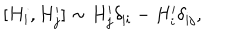
[ H _ { i } , H _ { j } ^ { \prime } ] \sim H _ { j } ^ { \prime } \delta _ { | i } - H _ { i } ^ { \prime } \delta _ { | j } ,